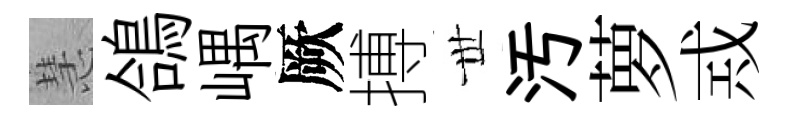
慧鴿嵎厥搏𠀍汚萝𢦶